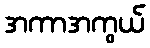
အကာအကွယ်